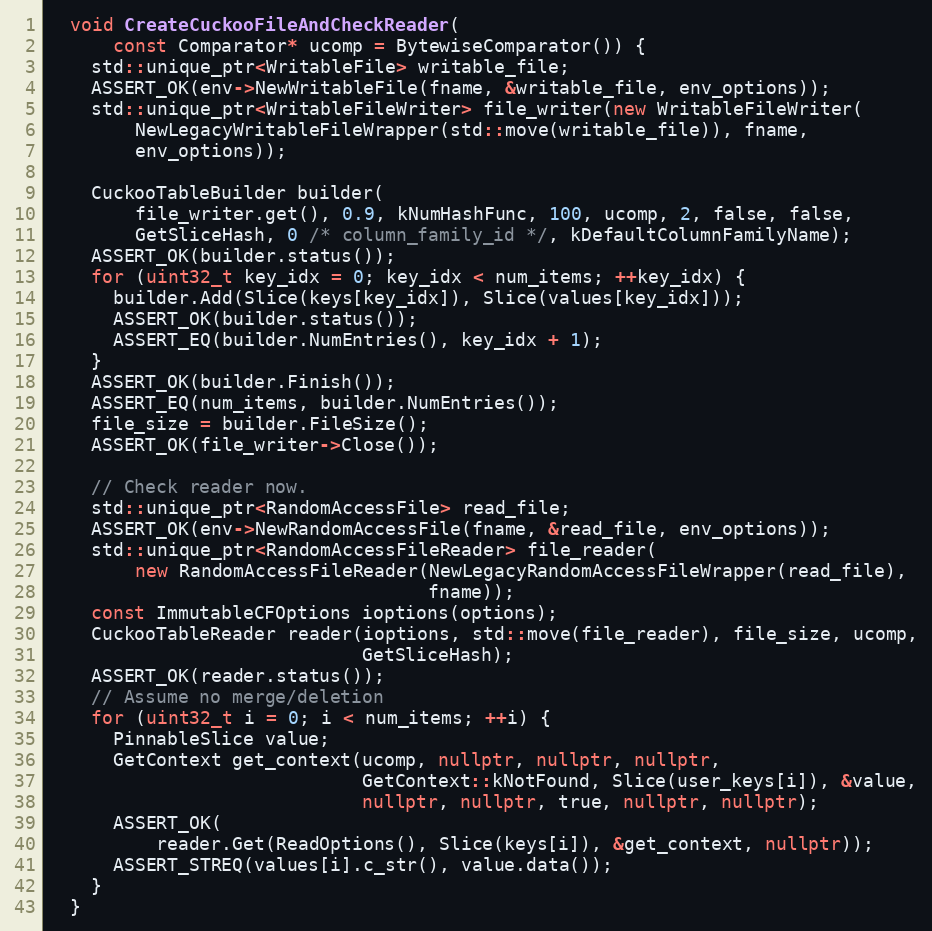
Language: C++
  void CreateCuckooFileAndCheckReader(
      const Comparator* ucomp = BytewiseComparator()) {
    std::unique_ptr<WritableFile> writable_file;
    ASSERT_OK(env->NewWritableFile(fname, &writable_file, env_options));
    std::unique_ptr<WritableFileWriter> file_writer(new WritableFileWriter(
        NewLegacyWritableFileWrapper(std::move(writable_file)), fname,
        env_options));

    CuckooTableBuilder builder(
        file_writer.get(), 0.9, kNumHashFunc, 100, ucomp, 2, false, false,
        GetSliceHash, 0 /* column_family_id */, kDefaultColumnFamilyName);
    ASSERT_OK(builder.status());
    for (uint32_t key_idx = 0; key_idx < num_items; ++key_idx) {
      builder.Add(Slice(keys[key_idx]), Slice(values[key_idx]));
      ASSERT_OK(builder.status());
      ASSERT_EQ(builder.NumEntries(), key_idx + 1);
    }
    ASSERT_OK(builder.Finish());
    ASSERT_EQ(num_items, builder.NumEntries());
    file_size = builder.FileSize();
    ASSERT_OK(file_writer->Close());

    // Check reader now.
    std::unique_ptr<RandomAccessFile> read_file;
    ASSERT_OK(env->NewRandomAccessFile(fname, &read_file, env_options));
    std::unique_ptr<RandomAccessFileReader> file_reader(
        new RandomAccessFileReader(NewLegacyRandomAccessFileWrapper(read_file),
                                   fname));
    const ImmutableCFOptions ioptions(options);
    CuckooTableReader reader(ioptions, std::move(file_reader), file_size, ucomp,
                             GetSliceHash);
    ASSERT_OK(reader.status());
    // Assume no merge/deletion
    for (uint32_t i = 0; i < num_items; ++i) {
      PinnableSlice value;
      GetContext get_context(ucomp, nullptr, nullptr, nullptr,
                             GetContext::kNotFound, Slice(user_keys[i]), &value,
                             nullptr, nullptr, true, nullptr, nullptr);
      ASSERT_OK(
          reader.Get(ReadOptions(), Slice(keys[i]), &get_context, nullptr));
      ASSERT_STREQ(values[i].c_str(), value.data());
    }
  }